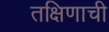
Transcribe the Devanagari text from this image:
तक्षिणाची